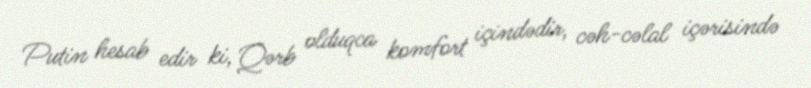
Putin hesab edir ki, Qərb olduqca komfort içindədir, cəh-cəlal içərisində